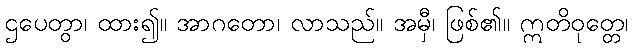
ဌပေတွာ၊ ထား၍။ အာဂတော၊ လာသည်။ အမှီ၊ ဖြစ်၏။ ဣတိဝုတ္တေ၊